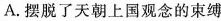
A.摆脱了天朝上国观念的束缚